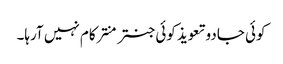
کوئی جادو تعویذ کوئی جنتر منتر کام نہیں آرہا۔